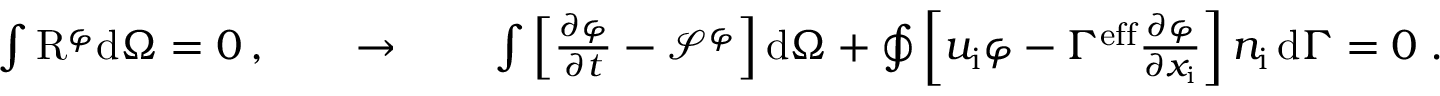
\begin{array} { r } { \int \mathrm { R } ^ { \varphi } \mathrm { d } \Omega = 0 \, , \qquad \to \qquad \int \left[ \frac { \partial \varphi } { \partial t } - \mathcal { S } ^ { \varphi } \right] \mathrm { d } \Omega + \oint \left[ u _ { \mathrm { i } } \varphi - \Gamma ^ { \mathrm { e f f } } \frac { \partial \varphi } { \partial x _ { \mathrm { i } } } \right] n _ { \mathrm { i } } \, \mathrm { d } \Gamma = 0 \; . } \end{array}